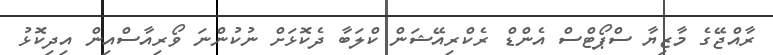
ރާއްޖޭގެ މާޒިޔާ ސްޕޯޓްސް އެންޑް ރެކްރިއޭޝަން ކްލަބާ ދެކޮޅަށް ނުކުންނަ ވޯރިއާސްއިން އިދިކޮޅު